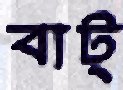
বাট্